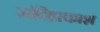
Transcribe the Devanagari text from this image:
संधिप्रकाश